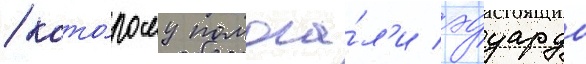
/ кото́рому помога́л'и эдуардо